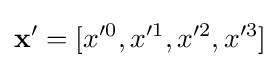
\mathbf {x} '=[x^{\prime 0},x^{\prime 1},x^{\prime 2},x^{\prime 3}]